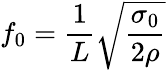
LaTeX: f_{0}=\frac{1}{L}\sqrt{\frac{\sigma_{0}}{2\rho}}